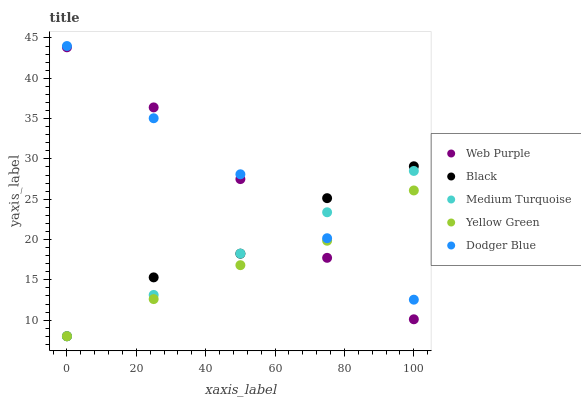
| xaxis_label | Web Purple | Black | Medium Turquoise | Yellow Green | Dodger Blue |
 | --- | --- | --- | --- | --- | --- |
 | 0 | 43.8 | 8 | 8 | 8 | 44 |
 | 25 | 36.4 | 15.3 | 13.1 | 12.6 | 35 |
 | 50 | 27.5 | 18.2 | 18.3 | 16.8 | 28.1 |
 | 75 | 17.7 | 25.1 | 23.4 | 19.8 | 20.2 |
 | 100 | 10.1 | 29.1 | 28.5 | 26.1 | 12.5 |